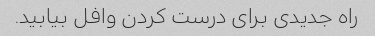
راه جدیدی برای درست کردن وافل بیابید.